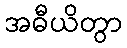
အဓီယိတွာ